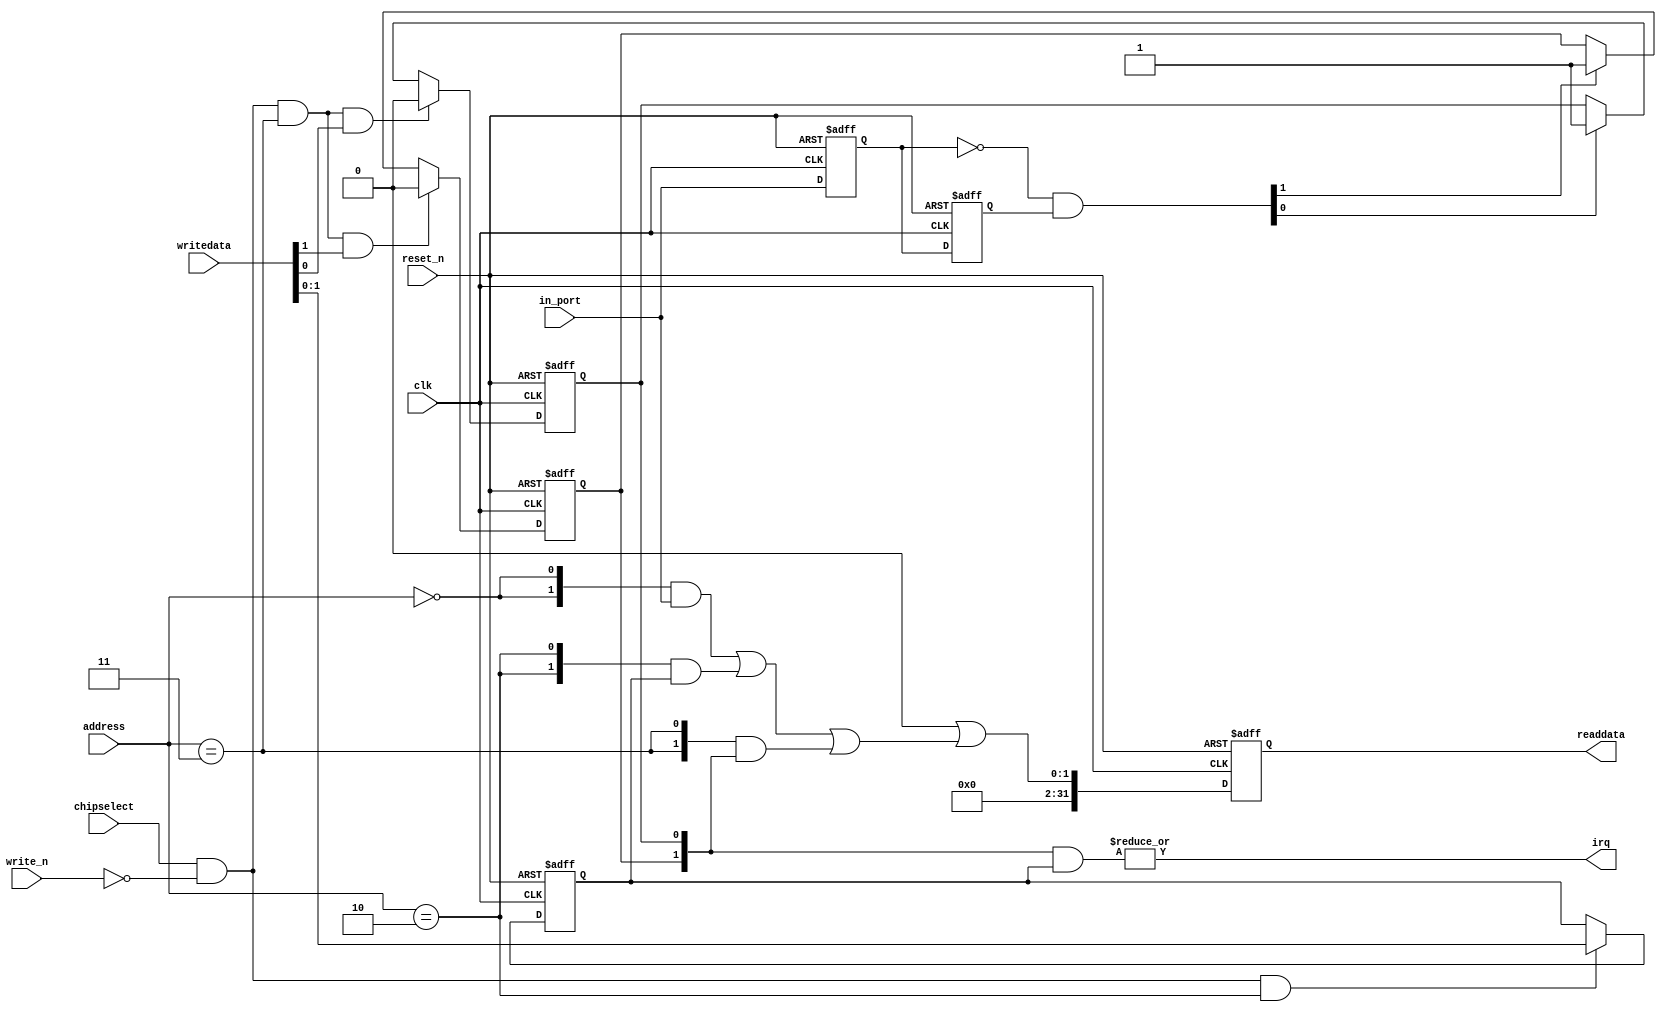
//Legal Notice: (C)2018 Altera Corporation. All rights reserved.  Your
//use of Altera Corporation's design tools, logic functions and other
//software and tools, and its AMPP partner logic functions, and any
//output files any of the foregoing (including device programming or
//simulation files), and any associated documentation or information are
//expressly subject to the terms and conditions of the Altera Program
//License Subscription Agreement or other applicable license agreement,
//including, without limitation, that your use is for the sole purpose
//of programming logic devices manufactured by Altera and sold by Altera
//or its authorized distributors.  Please refer to the applicable
//agreement for further details.

// synthesis translate_off
`timescale 1ns / 1ps
// synthesis translate_on

// turn off superfluous verilog processor warnings 
// altera message_level Level1 
// altera message_off 10034 10035 10036 10037 10230 10240 10030 

module soc_system_button_pio (
                               // inputs:
                                address,
                                chipselect,
                                clk,
                                in_port,
                                reset_n,
                                write_n,
                                writedata,

                               // outputs:
                                irq,
                                readdata
                             )
;

  output           irq;
  output  [ 31: 0] readdata;
  input   [  1: 0] address;
  input            chipselect;
  input            clk;
  input   [  1: 0] in_port;
  input            reset_n;
  input            write_n;
  input   [ 31: 0] writedata;


wire             clk_en;
reg     [  1: 0] d1_data_in;
reg     [  1: 0] d2_data_in;
wire    [  1: 0] data_in;
reg     [  1: 0] edge_capture;
wire             edge_capture_wr_strobe;
wire    [  1: 0] edge_detect;
wire             irq;
reg     [  1: 0] irq_mask;
wire    [  1: 0] read_mux_out;
reg     [ 31: 0] readdata;
  assign clk_en = 1;
  //s1, which is an e_avalon_slave
  assign read_mux_out = ({2 {(address == 0)}} & data_in) |
    ({2 {(address == 2)}} & irq_mask) |
    ({2 {(address == 3)}} & edge_capture);

  always @(posedge clk or negedge reset_n)
    begin
      if (reset_n == 0)
          readdata <= 0;
      else if (clk_en)
          readdata <= {32'b0 | read_mux_out};
    end


  assign data_in = in_port;
  always @(posedge clk or negedge reset_n)
    begin
      if (reset_n == 0)
          irq_mask <= 0;
      else if (chipselect && ~write_n && (address == 2))
          irq_mask <= writedata[1 : 0];
    end


  assign irq = |(edge_capture & irq_mask);
  assign edge_capture_wr_strobe = chipselect && ~write_n && (address == 3);
  always @(posedge clk or negedge reset_n)
    begin
      if (reset_n == 0)
          edge_capture[0] <= 0;
      else if (clk_en)
          if (edge_capture_wr_strobe && writedata[0])
              edge_capture[0] <= 0;
          else if (edge_detect[0])
              edge_capture[0] <= -1;
    end


  always @(posedge clk or negedge reset_n)
    begin
      if (reset_n == 0)
          edge_capture[1] <= 0;
      else if (clk_en)
          if (edge_capture_wr_strobe && writedata[1])
              edge_capture[1] <= 0;
          else if (edge_detect[1])
              edge_capture[1] <= -1;
    end


  always @(posedge clk or negedge reset_n)
    begin
      if (reset_n == 0)
        begin
          d1_data_in <= 0;
          d2_data_in <= 0;
        end
      else if (clk_en)
        begin
          d1_data_in <= data_in;
          d2_data_in <= d1_data_in;
        end
    end


  assign edge_detect = ~d1_data_in & d2_data_in;

endmodule